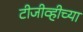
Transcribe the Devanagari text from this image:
टीजीव्हीच्या